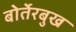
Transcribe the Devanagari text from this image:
बोर्तेरबुख